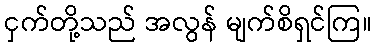
ငှက်တို့သည် အလွန် မျက်စိရှင်ကြ။